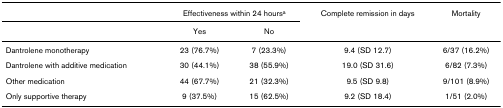
<table><thead><tr><td></td><td colspan="2"><b>Effectiveness within 24 hours<sup>a</sup></b></td><td><b>Complete remission in days</b></td><td><b>Mortality</b></td></tr><tr><td></td><td><b>Yes</b></td><td><b>No</b></td><td></td><td></td></tr></thead><tbody><tr><td>Dantrolene monotherapy</td><td>23 (76.7%)</td><td>7 (23.3%)</td><td>9.4 (SD 12.7)</td><td>6/37 (16.2%)</td></tr><tr><td>Dantrolene with additive medication</td><td>30 (44.1%)</td><td>38 (55.9%)</td><td>19.0 (SD 31.6)</td><td>6/82 (7.3%)</td></tr><tr><td>Other medication</td><td>44 (67.7%)</td><td>21 (32.3%)</td><td>9.5 (SD 9.8)</td><td>9/101 (8.9%)</td></tr><tr><td>Only supportive therapy</td><td>9 (37.5%)</td><td>15 (62.5%)</td><td>9.2 (SD 18.4)</td><td>1/51 (2.0%)</td></tr></tbody></table>